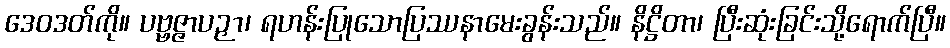
ဒေဝဒတ်ကို။ ပဗ္ဗဇ္ဇာပဉှာ၊ ရဟန်းပြုသောပြဿနာမေးခွန်းသည်။ နိဋ္ဌိတာ၊ ပြီးဆုံးခြင်းသို့ရောက်ပြီ။